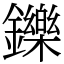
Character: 鑠